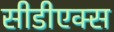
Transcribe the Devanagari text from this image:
सीडीएक्स